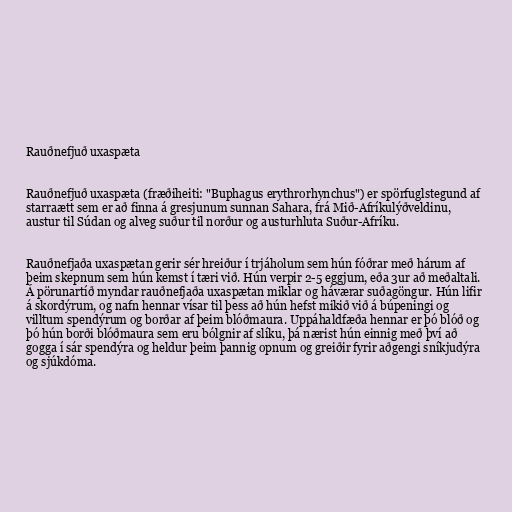
Rauðnefjuð uxaspæta

Rauðnefjuð uxaspæta (fræðiheiti: "Buphagus erythrorhynchus") er spörfuglstegund af
starraætt sem er að finna á gresjunum sunnan Sahara, frá Mið-Afríkulýðveldinu,
austur til Súdan og alveg suður til norður og austurhluta Suður-Afríku.

Rauðnefjaða uxaspætan gerir sér hreiður í trjáholum sem hún fóðrar með hárum af
þeim skepnum sem hún kemst í tæri við. Hún verpir 2-5 eggjum, eða 3ur að meðaltali.
Á pörunartíð myndar rauðnefjaða uxaspætan miklar og háværar suðagöngur. Hún lifir
á skordýrum, og nafn hennar vísar til þess að hún hefst mikið við á búpeningi og
villtum spendýrum og borðar af þeim blóðmaura. Uppáhaldfæða hennar er þó blóð og
þó hún borði blóðmaura sem eru bólgnir af slíku, þá nærist hún einnig með því að
gogga í sár spendýra og heldur þeim þannig opnum og greiðir fyrir aðgengi sníkjudýra
og sjúkdóma.